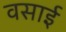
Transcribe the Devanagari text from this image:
वसाई